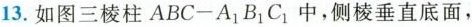
13.如图三棱柱ABC-A_{1}B_{1}C_{1}中，侧棱垂直底面，